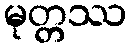
မုတ္တဿ